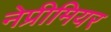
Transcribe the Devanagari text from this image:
नेप्रीमियर